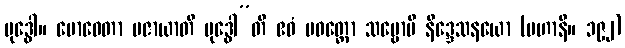
ဗုဒ္ဓေါ။ ဗောဓေတာ ပဇာယာတိ ဗုဒ္ဓေါ”တိ ဧဝံ ပဝတ္တော သဗ္ဗောပိ နိဒ္ဒေသနယော (မဟာနိ။ ၁၉၂)